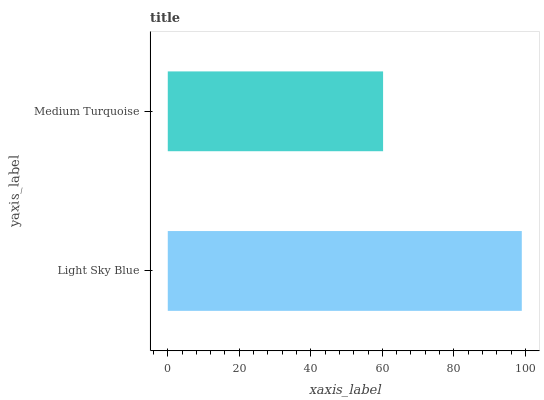
| yaxis_label | bars |
 | --- | --- |
 | Light Sky Blue | 99 |
 | Medium Turquoise | 60.2 |